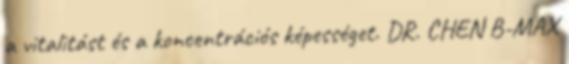
a vitalitást és a koncentrációs képességet. DR. CHEN B-MAX